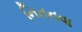
નિતનવા